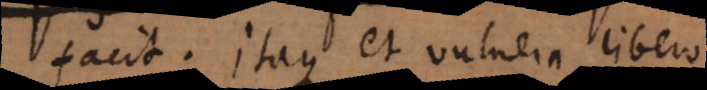
facit. Itaque et vulnera libero